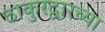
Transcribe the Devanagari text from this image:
ठाकुरद्वारच्या